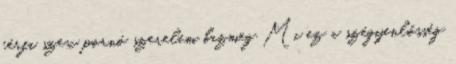
férfi szex pornó szerelem bazmeg Mi ez a szégyenlősség